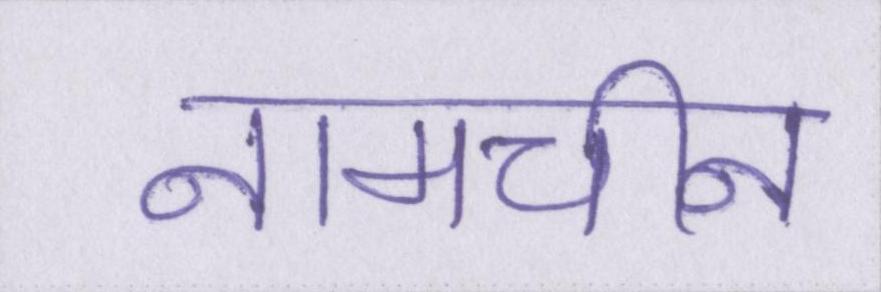
नामचीन